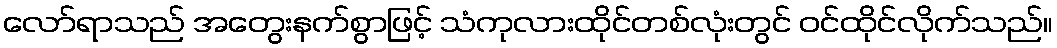
လော်ရာသည် အတွေးနက်စွာဖြင့် သံကုလားထိုင်တစ်လုံးတွင် ဝင်ထိုင်လိုက်သည်။